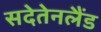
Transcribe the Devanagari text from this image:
सदेतेनलैंड